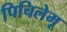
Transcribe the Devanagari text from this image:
पिचिलेमू